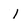
Character: l